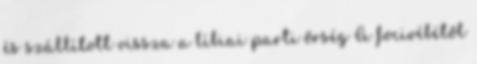
és szállított vissza a líbiai parti őrség A focivébétől